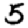
Digit: 5